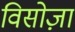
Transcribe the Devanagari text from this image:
विसोज़ा